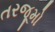
તરજૂમો